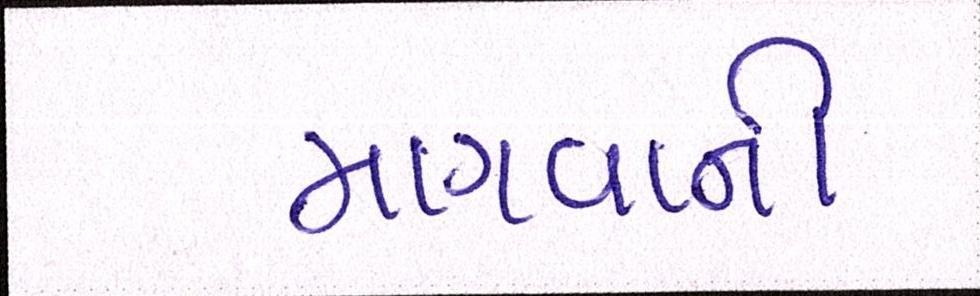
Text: માગવાની